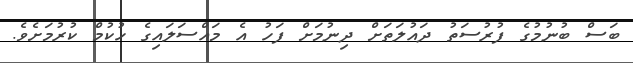
ބަސް ބުނުމުގެ ފުރުސަތު ދައުލަތަށް ދިނުމަށް ފަހު އެ މައްސަލައިގެ ހުކުމް ކުރުމަށެވެ.